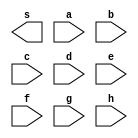
//------------------------------
// Extra guia 1
// Luiz Marques de Oliveira
// 417138
// -----------------------------

module extra2(output s, input a,input b,input c,input d,input e ,input f,input g,input h);

endmodule


module testextra2;
reg a,b,c,d,e,f,g,h;
wire s;

or OR1(s,a,b,c,d,e,f,g,h);

initial begin:start

a=0; b=0;c=0; d=0;e=0; f=0;g=0; h=0;

end


initial begin:main

$display("Extra 1 - Luiz Marques de olveira - 417138");
$display("PORTA OR 1 BYTE");
$display("a  b  c  d  e  f  g  h = s");
$monitor("%b  %b  %b  %b  %b  %b  %b  %b  = %b",a,b,c,d,e,f,g,h,s);



#1 a=0; b=0;c=0; d=0;e=0; f=0;g=0; h=1;

end
	
	endmodule // extra1